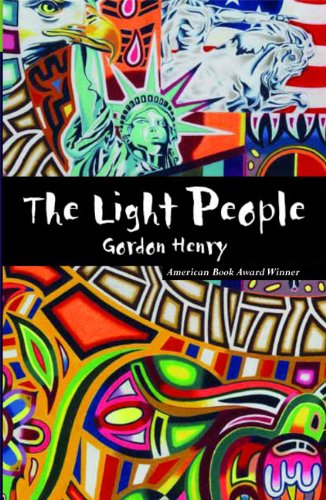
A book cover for The Light People: A Novel; Gordon Henry; Literature & Fiction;